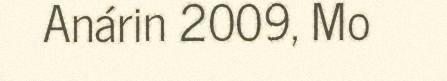
Anárin 2009, Mo